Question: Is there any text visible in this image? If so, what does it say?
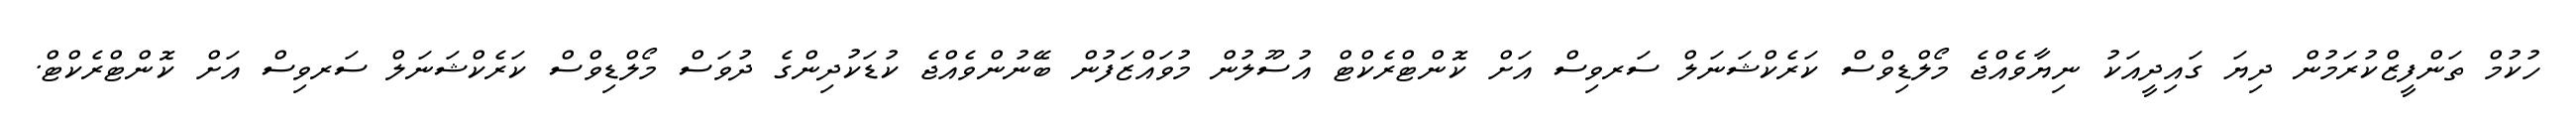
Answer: ހުކުމް ތަންފީޒްކުރަމުން ދިޔަ ގައިދީއަކު ނިޔާވެއްޖެ މޯލްޑިވްސް ކަރެކްޝަނަލް ސަރވިސް އަށް ކޮންޓްރެކްޓް އުސޫލުން މުވައްޒަފުން ބޭނުންވެއްޖެ ކުޑަކުދިންގެ ދުވަސް މޯލްޑިވްސް ކަރެކްޝަނަލް ސަރވިސް އަށް ކޮންޓްރެކްޓް.